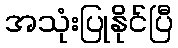
အသုံးပြုနိုင်ပြီ